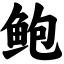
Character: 鲍